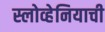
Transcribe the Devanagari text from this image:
स्लोव्हेनियाची